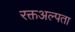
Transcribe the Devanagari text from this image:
रक्तअल्पता